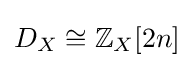
D_{X}\cong \mathbb {Z} _{X}[2n]